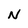
Character: N